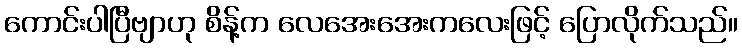
ကောင်းပါပြီဗျာဟု စိန့်က လေအေးအေးကလေးဖြင့် ပြောလိုက်သည်။